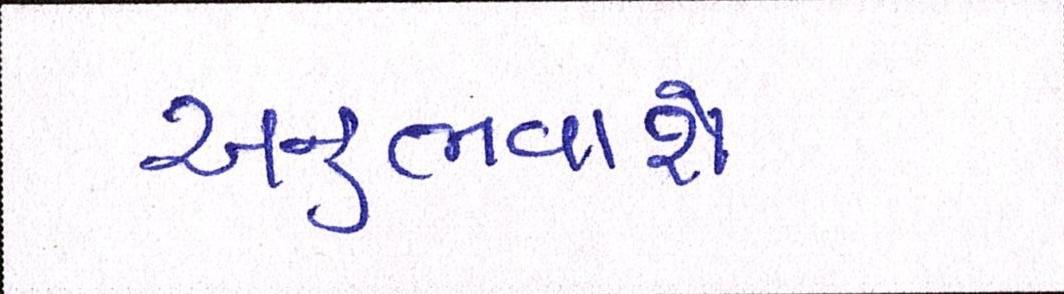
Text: અનુભવાશે